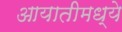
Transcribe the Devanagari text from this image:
आयातीमध्ये